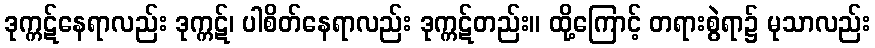
ဒုက္ကဋ်နေရာလည်း ဒုက္ကဋ်၊ ပါစိတ်နေရာလည်း ဒုက္ကဋ်တည်း။ ထို့ကြောင့် တရားစွဲရာ၌ မုသာလည်း